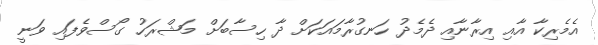
އެމެރިކާ އާއި އިރާނާއި ދެމެދު ހަނގުރާމައަކަށް ދާ ހިސާބަށް މަޝްރަހު ގޯސްވެފައި ވަނީ